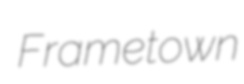
Frametown